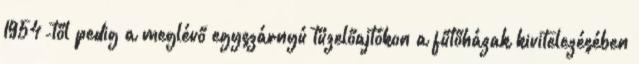
1954-től pedig a meglévő egyszárnyú tüzelőajtókon a fűtőházak kivitelezésében